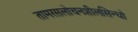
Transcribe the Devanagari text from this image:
तामरसलोचनशीलसिन्धो